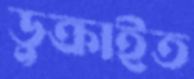
ডুক্‌রাইত